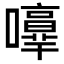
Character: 𡃥